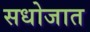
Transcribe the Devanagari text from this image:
सधोजात